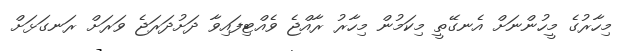
މިހާރުގެ މީހުންނަށް އެނގޭތީ މިކަމުން މިހާރު ރާއްޖެ ވެއްޓިފައިވާ ދަށުދަރަޖެ ވަރަށް ރަނގަޅަށް